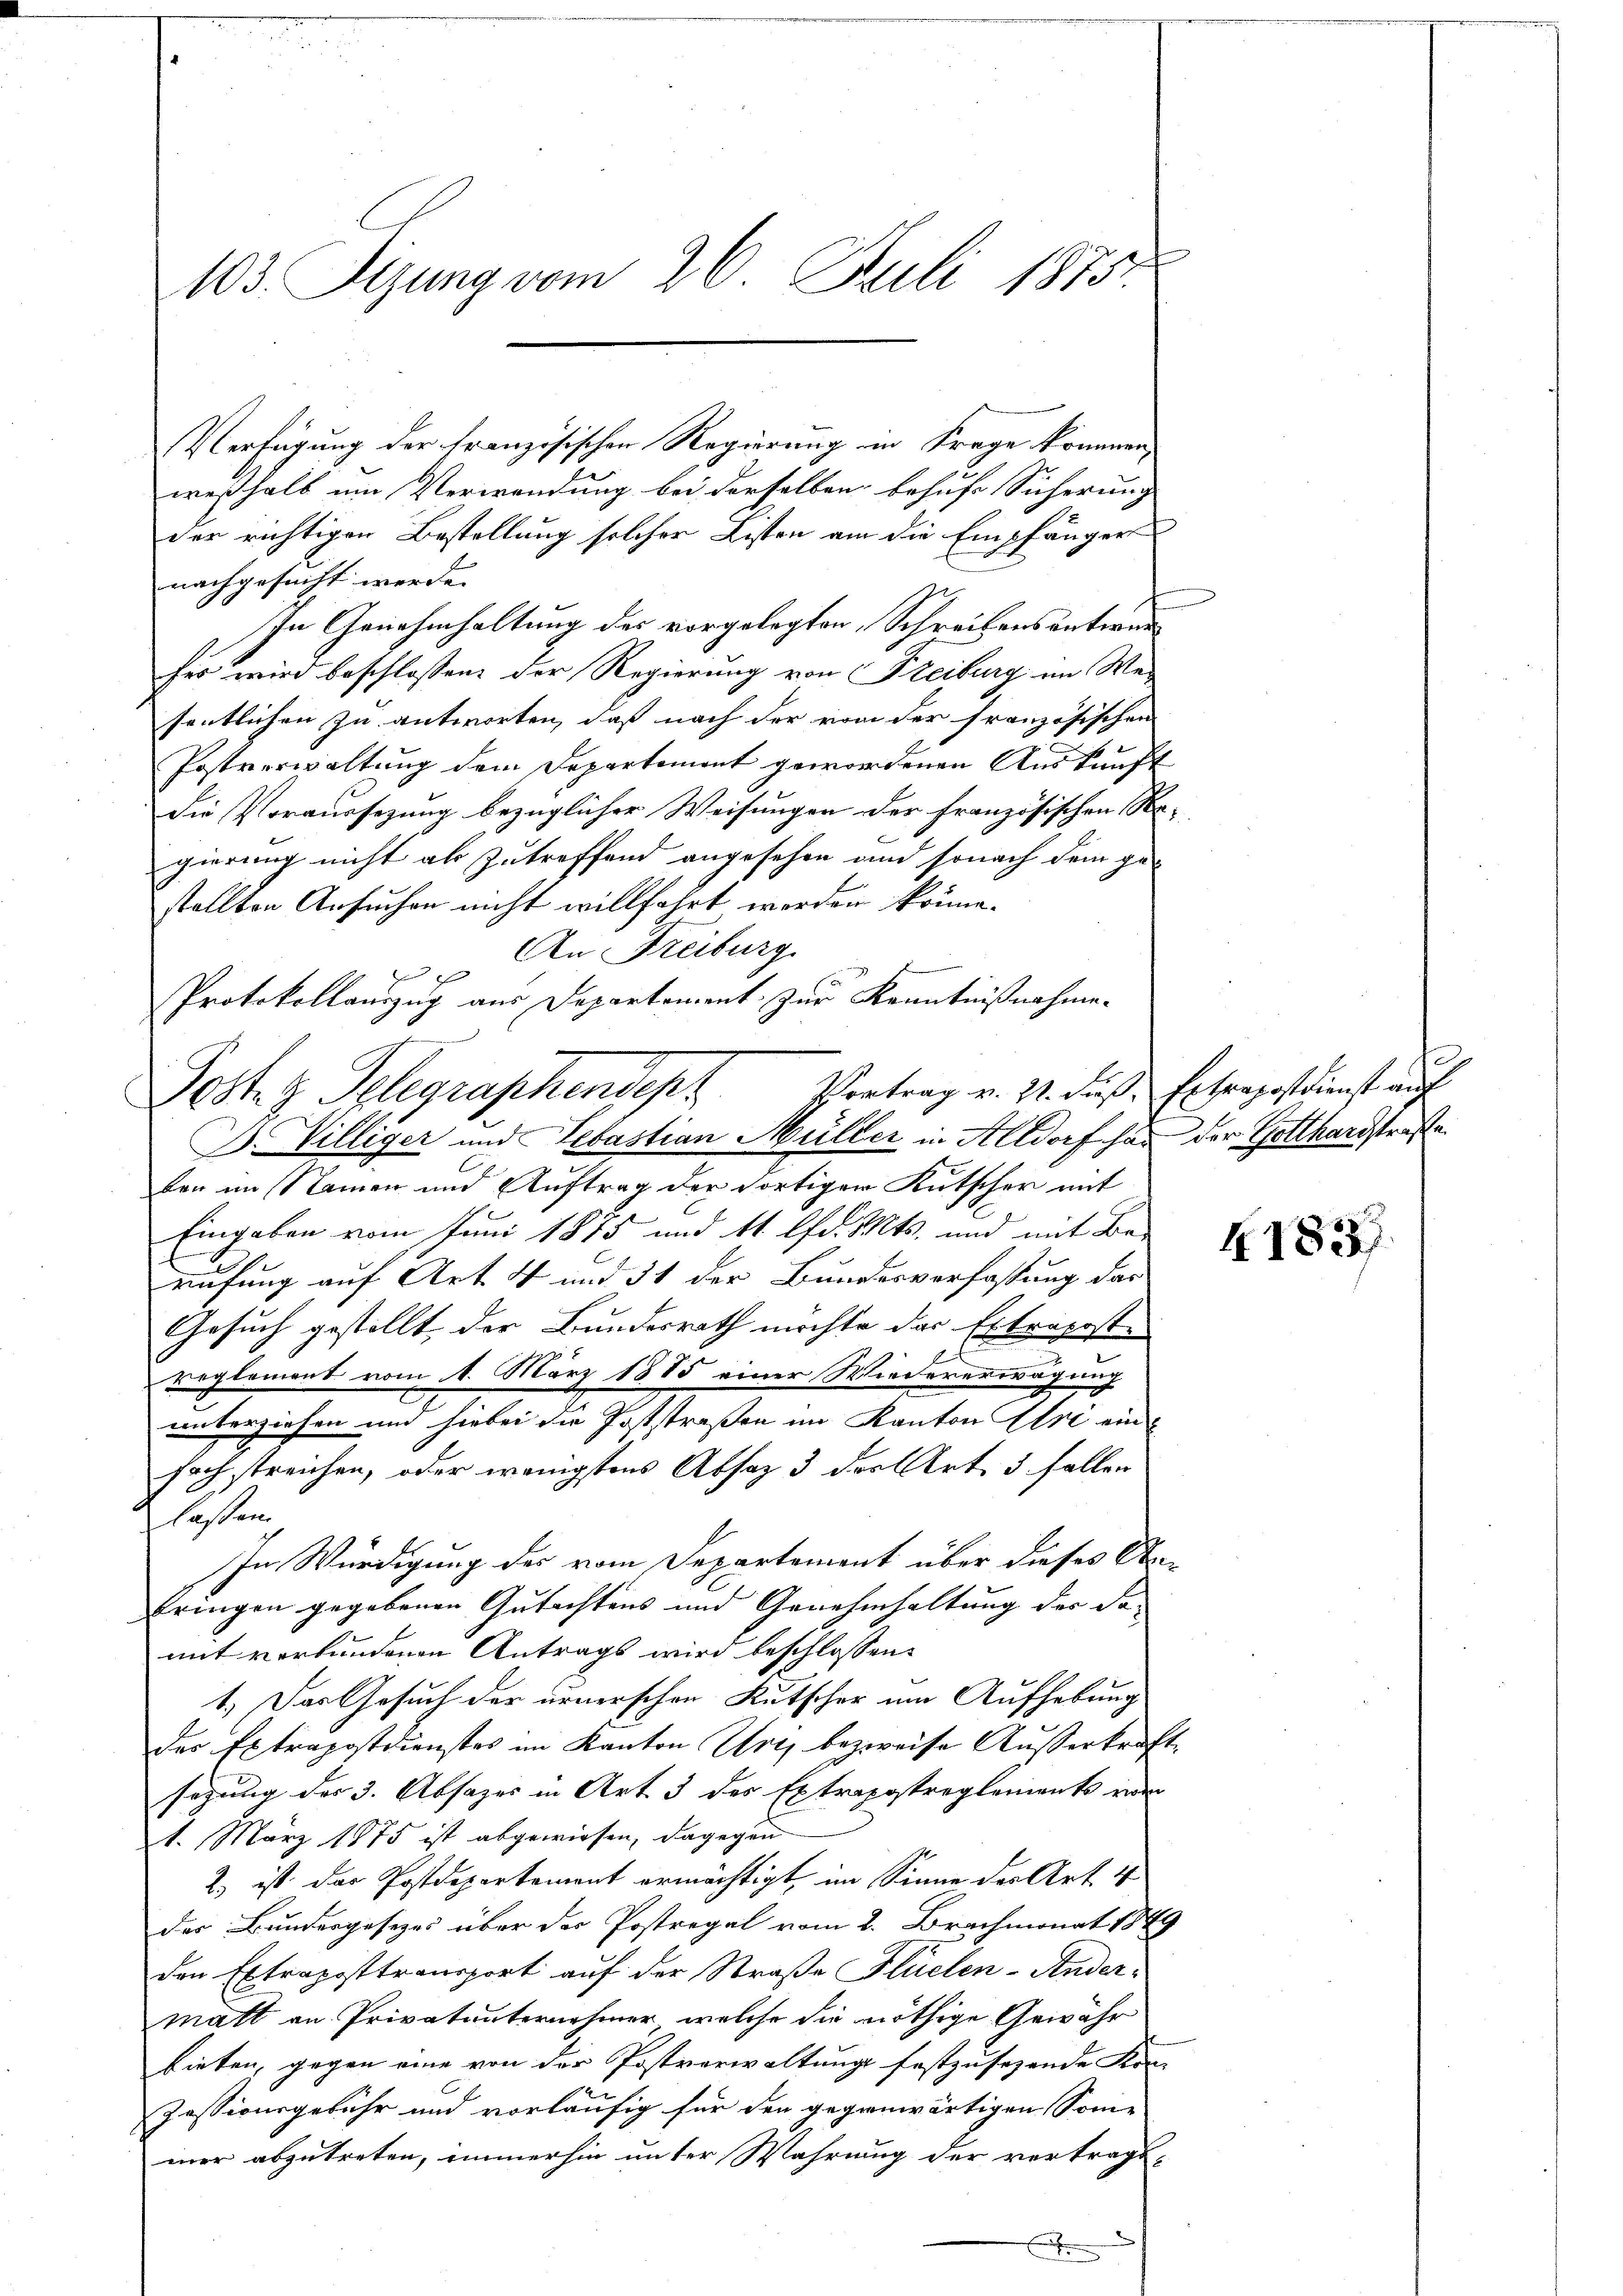
103. Sitzung vom 26. Juli 1875.

Verfügung der französischen Regierung in Frage kommen,
weßhalb um Verwendung bei derselben behufs Sicherung
der richtigen Bestellung solcher Listen am die Empfänger
nachgesucht werde. |
In Genehmhaltung des vorgelegten Schreibens antworfer wird beschlossen: der Regierung von Freiburg im Wesentlichen zu antworten, daß nach der vom der französischen
Postverwaltung dem Departement gewordenen Auskunft
die Voraussezung bezüglicher Weisungen der französischen Per
gierung nicht als Zutreffend angesehen und sonach dem ge¬
E
stellten Ansuchen nicht willfahrt werden könne.
An Freiburg
ben im Namen und Auftrag der fortigen Kutscher mit
Eingaben vom Juni 1875 und 11 lfd. Mts. und mit Be-
rufung auf Art. 4 und 31 der Bundesverfassung das
Gesuch gestellt, der Bundesrath möchte das Ertrageste
reglement vom 1. März 1885 einer Wiedererwägung
unterziehen um hiebei die Poststraßen im Kanton Uri ein
fach streichen, oder wenigstens Absaz 3 der Art. 3 fallen
lasten.
In Würdigung des vom Departement über dieses An-
bringen gegebenen Gutachtens und Genehmhaltung der da-
mit verbundenen Antrags wird beschlossen:
1.) Das Gesuch der urnerschen Kutscher um Aufhebung
des Extrapostdienstes im Kanton Uri, bezweise Ausserkraf
sezung der 3. Absazer in Art. 3 des Extrapostreglements vom
1. März 1875 ist abgewiesen, dagegen
2) ist das Postdepartement ermächtigt, im Sinne der Art. 4
der Bundergesezes über der Postregal vom 2. Brachmonat 1849
den Extraposttransport auf der Straße Flüelen-Andermatt an Privatunternehmer, welche die nöthige Gewähr
bieten, gegen eine von der Postverwaltung festzusehende Kon-
1
Zessionsgebühr und vorläufig für den gegenwärtigen Somme.
mer abzutreten, immerhin unter Wahrung der vertrags-

Protokollauszug aus Departement zur Kenntnißnahme-
Posten Telegraphendept Vortrag v. 21. Fuß. Erbenpostdienst auf
D. Villiger und Sebastian Müller in Altdorf hat der Gotthardstraße

1

4183)